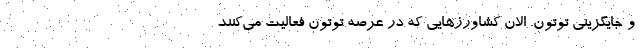
و جایگزینی توتون. الان کشاورزهایی که در عرصه توتون فعالیت می‌کنند